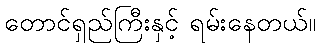
တောင်ရှည်ကြီးနှင့် ရမ်းနေတယ်။